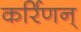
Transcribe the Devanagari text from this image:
कर्रिणन्